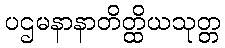
ပဌမနာနာတိတ္ထိယသုတ္တ